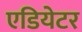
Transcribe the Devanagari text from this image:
एडियेटर